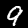
Digit: 9